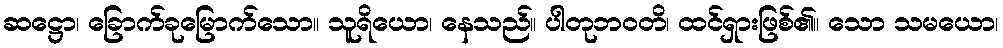
ဆဋ္ဌော၊ ခြောက်ခုမြောက်သော။ သူရိယော၊ နေသည်။ ပါတုဘဝတိ၊ ထင်ရှားဖြစ်၏။ သော သမယော၊